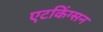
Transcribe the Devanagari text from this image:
एटकिंग्सन